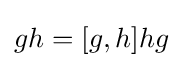
gh=[g,h]hg